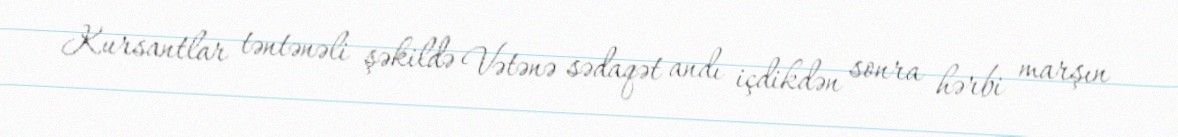
Kursantlar təntənəli şəkildə Vətənə sədaqət andı içdikdən sonra hərbi marşın